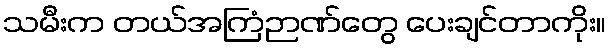
သမီးက တယ်အကြံဉာဏ်တွေ ပေးချင်တာကိုး။